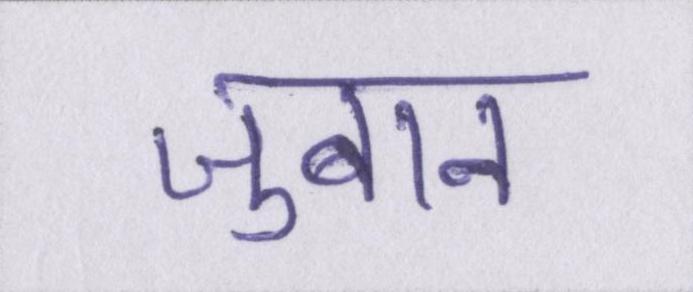
ज़ुबान